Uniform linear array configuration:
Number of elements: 12
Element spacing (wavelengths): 0.75
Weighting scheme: blackman
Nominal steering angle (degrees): -30
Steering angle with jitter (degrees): -31.313
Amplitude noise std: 0.05
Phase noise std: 0.05

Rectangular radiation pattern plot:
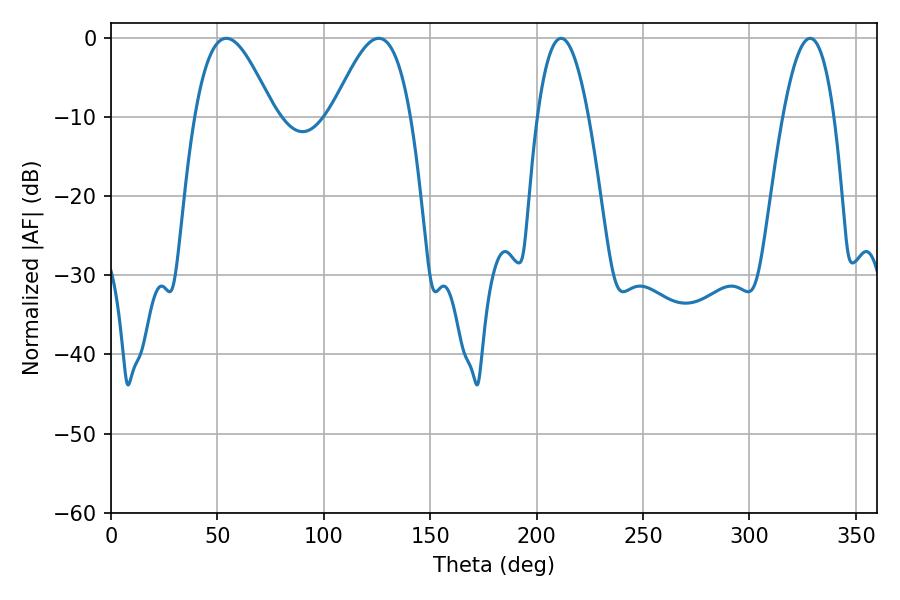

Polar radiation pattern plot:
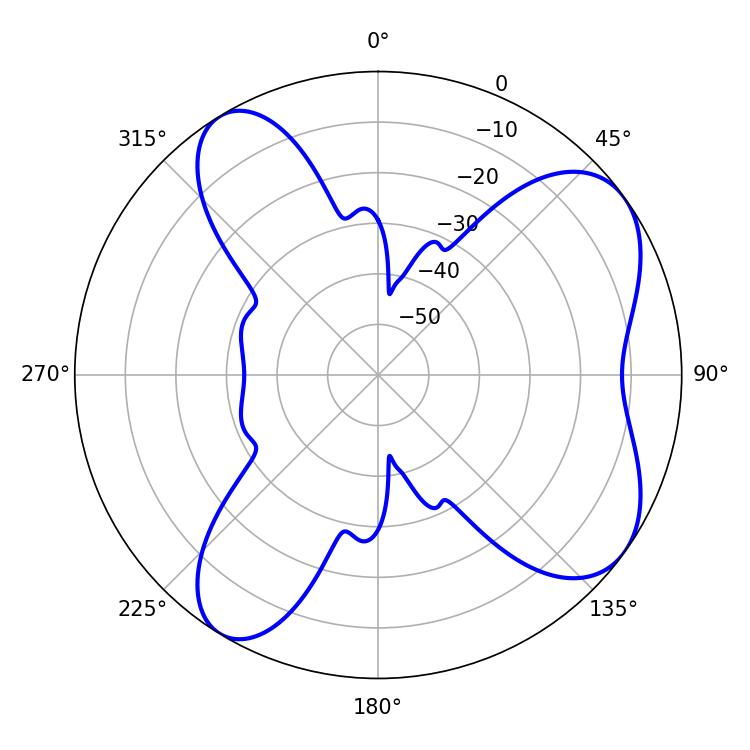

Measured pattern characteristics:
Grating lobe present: TRUE
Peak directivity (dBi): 7.091
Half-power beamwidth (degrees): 19.98
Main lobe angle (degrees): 54.18